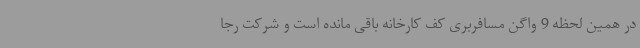
در همین لحظه 9 واگن مسافربری کف کارخانه باقی مانده است و شرکت رجا